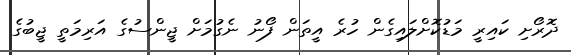
ދޮރޯށި ކައިރީ މަޑުކޮށްލައިގެން ހުރެ އީތަން ފޯނު ނެގުމަށް ޖީންސުގެ އަރިމަތީ ޖީބުގެ